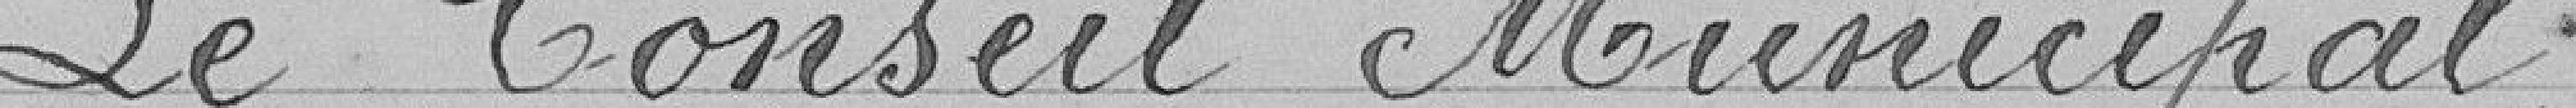
Le Conseil Municipal